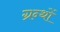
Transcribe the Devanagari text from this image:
ग्रन्थाें